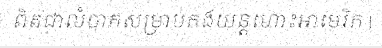
ពិតជាលំបាកសម្រាប់កងយន្តហោះអាមេរិក |